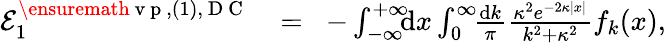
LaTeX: \begin{array}{rlr}{{\cal E}_{1}^{\ensuremath{\mathrm{~v~p~}},(1),\mathrm{~D~C~}}\! }&{{}=}&{\! -\int_{-\infty}^{+\infty}\! \! \! \mathrm{d}x\int_{0}^{\infty}\! \! \frac{\mathrm dk}{\pi}\frac{\kappa^{2}e^{-2\kappa|x|}}{k^{2}+\kappa^{2}}f_{k}(x),}\end{array}